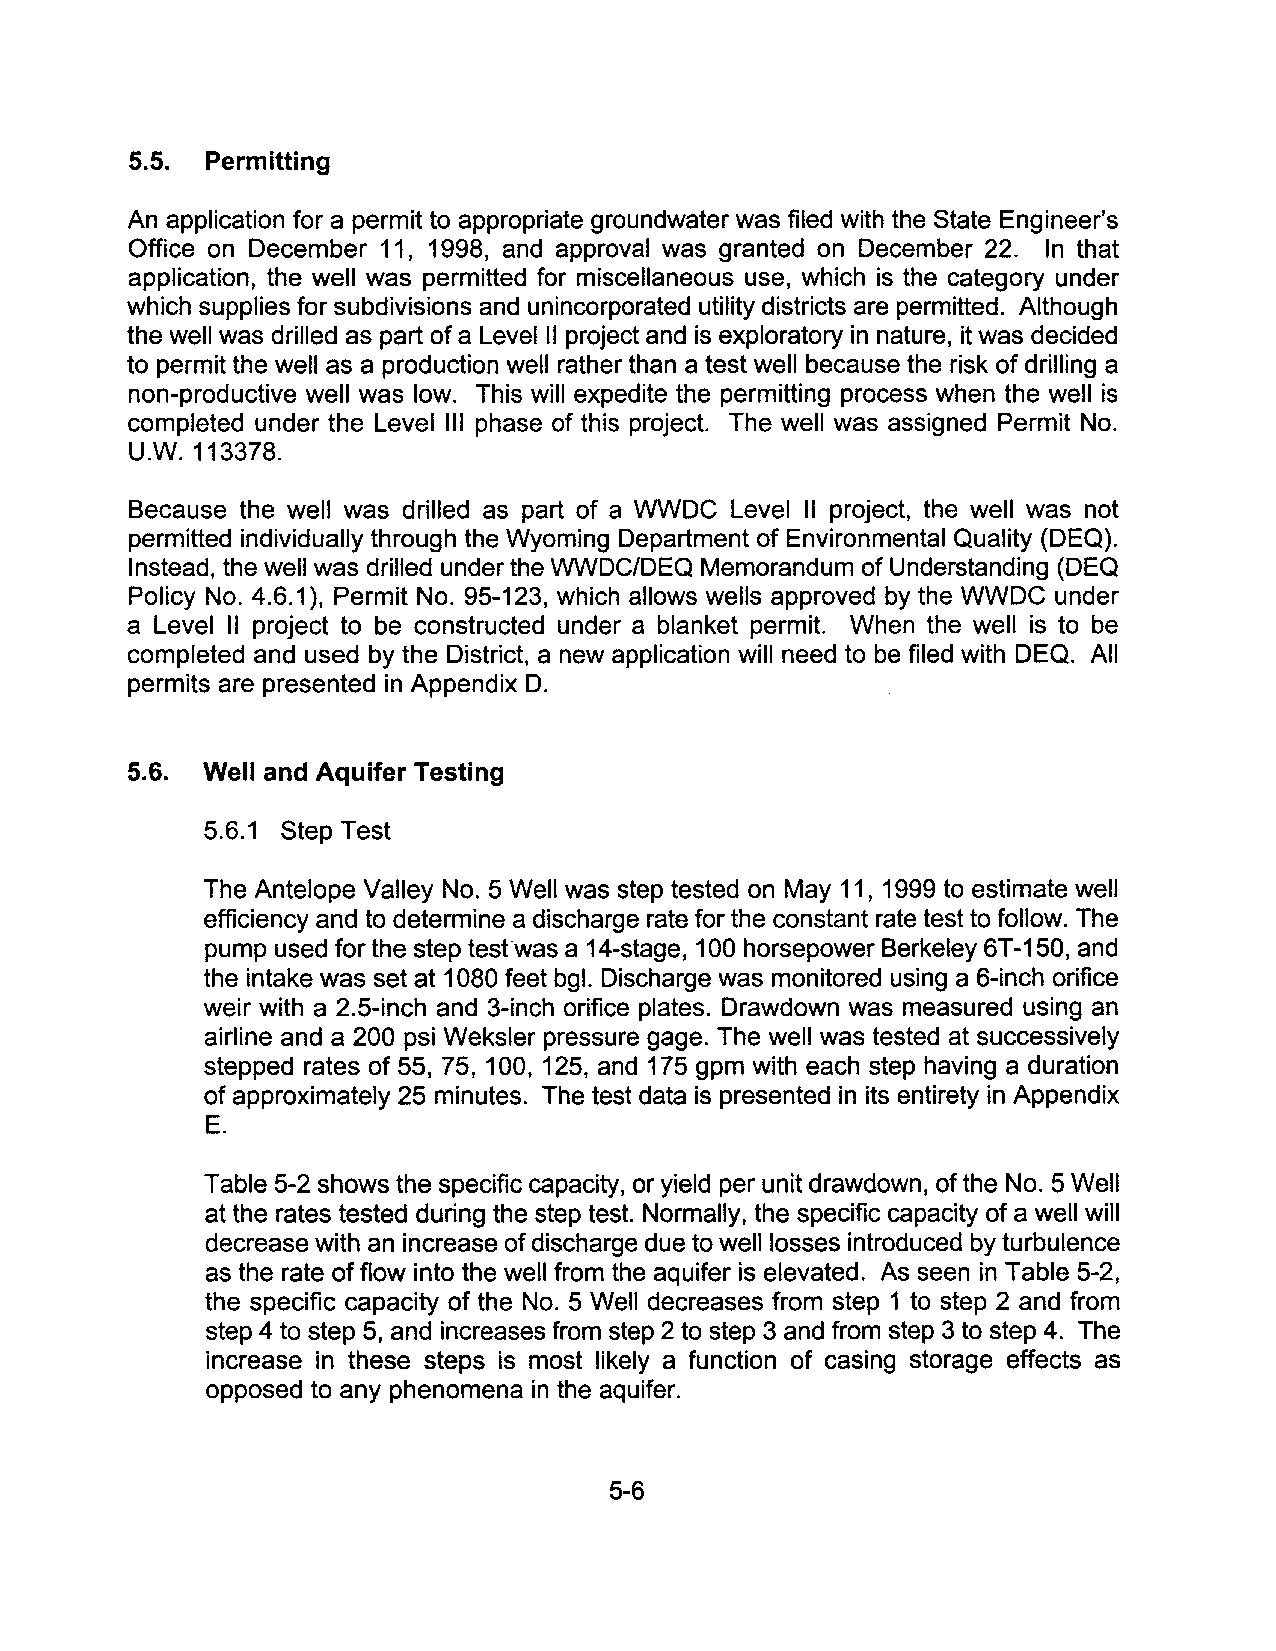
5.5. Permitting
 An application for a permit to appropriate groundwater was filed with the State Engineer's
 Office on December 11, 1998, and approval was granted on December 22. In that
 application, the well was permitted for miscellaneous use, which is the category under
 which supplies for subdivisions and unincorporated utility districts are permitted. Although
 the well was drilled as part of a Level II project and is exploratory in nature, it was decided
 to permit the well as a production well rather than a test well because the risk of drilling a
 non-productive well was low. This will expedite the permitting process when the well is
 completed under the Level III phase of this project. The well was assigned Permit No.
 U.W. 113378.
 Because the well was drilled as part of a WWDC Level II project, the well was not
 permitted individually through the Wyoming Department of Environmental Quality (DEQ).
 Instead, the well was drilled under the WWDC/DEQ Memorandum of Understanding (DEQ
 Policy No. 4.6.1), Permit No. 95-123, which allows wells approved by the WWDC under
 a Level II project to be constructed under a blanket permit. When the well is to be
 completed and used by the District, a new application will need to be filed with DEQ. All
 permits are presented in Appendix D.
 5.6. Well and Aquifer Testing
 5.6.1 Step Test
 The Antelope Valley No.5 Well was step tested on May 11, 1999 to estimate well
 efficiency and to determine a discharge rate for the constant rate test to follow. The
 pump used for the step tesfwas a 14-stage, 100 horsepower Berkeley 6T-150, and
 the intake was set at 1080 feet bgl. Discharge was monitored using a 6-inch orifice
 weir with a 2.5-inch and 3-inch orifice plates. Drawdown was measured using an
 airline and a 200 psi Weksler pressure gage. The well was tested at successively
 stepped rates of 55, 75, 100, 125, and 175 gpm with each step having a duration
 of approximately 25 minutes. The test data is presented in its entirety in Appendix
 E.
 Table 5-2 shows the specific capacity, or yield per unit drawdown, of the No.5 Well
 at the rates tested during the step test. Normally, the specific capacity of a well will
 decrease with an increase of discharge due to well losses introduced by turbulence
 as the rate of flow into the well from the aquifer is elevated. As seen in Table 5-2,
 the specific capacity of the No.5 Well decreases from step 1 to step 2 and from
 step 4 to step 5, and increases from step 2 to step 3 and from step 3 to step 4. The
 increase in these steps is most likely a function of casing storage effects as
 opposed to any phenomena in the aquifer.
 5-6